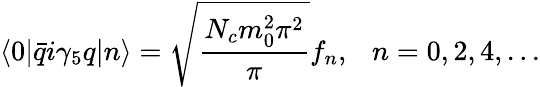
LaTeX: \langle 0|\bar{q}i\gamma_{5}q|n\rangle=\sqrt{\frac{N_{c}m_{0}^{2}\pi^{2}}{\pi}}f_{n},~~~n=0,2,4,...